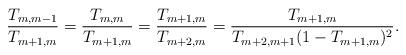
LaTeX: \begin{align*}\frac{T_{m,m-1}}{T_{m+1,m}}=\frac{T_{m,m}}{T_{m+1,m}}=\frac{T_{m+1,m}}{T_{m+2,m}}=\frac{T_{m+1,m}}{T_{m+2,m+1}(1-T_{m+1,m})^2} .\end{align*}